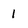
Character: 1